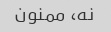
نه، ممنون